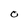
Character: O